Aleksander_Warma, lk 11
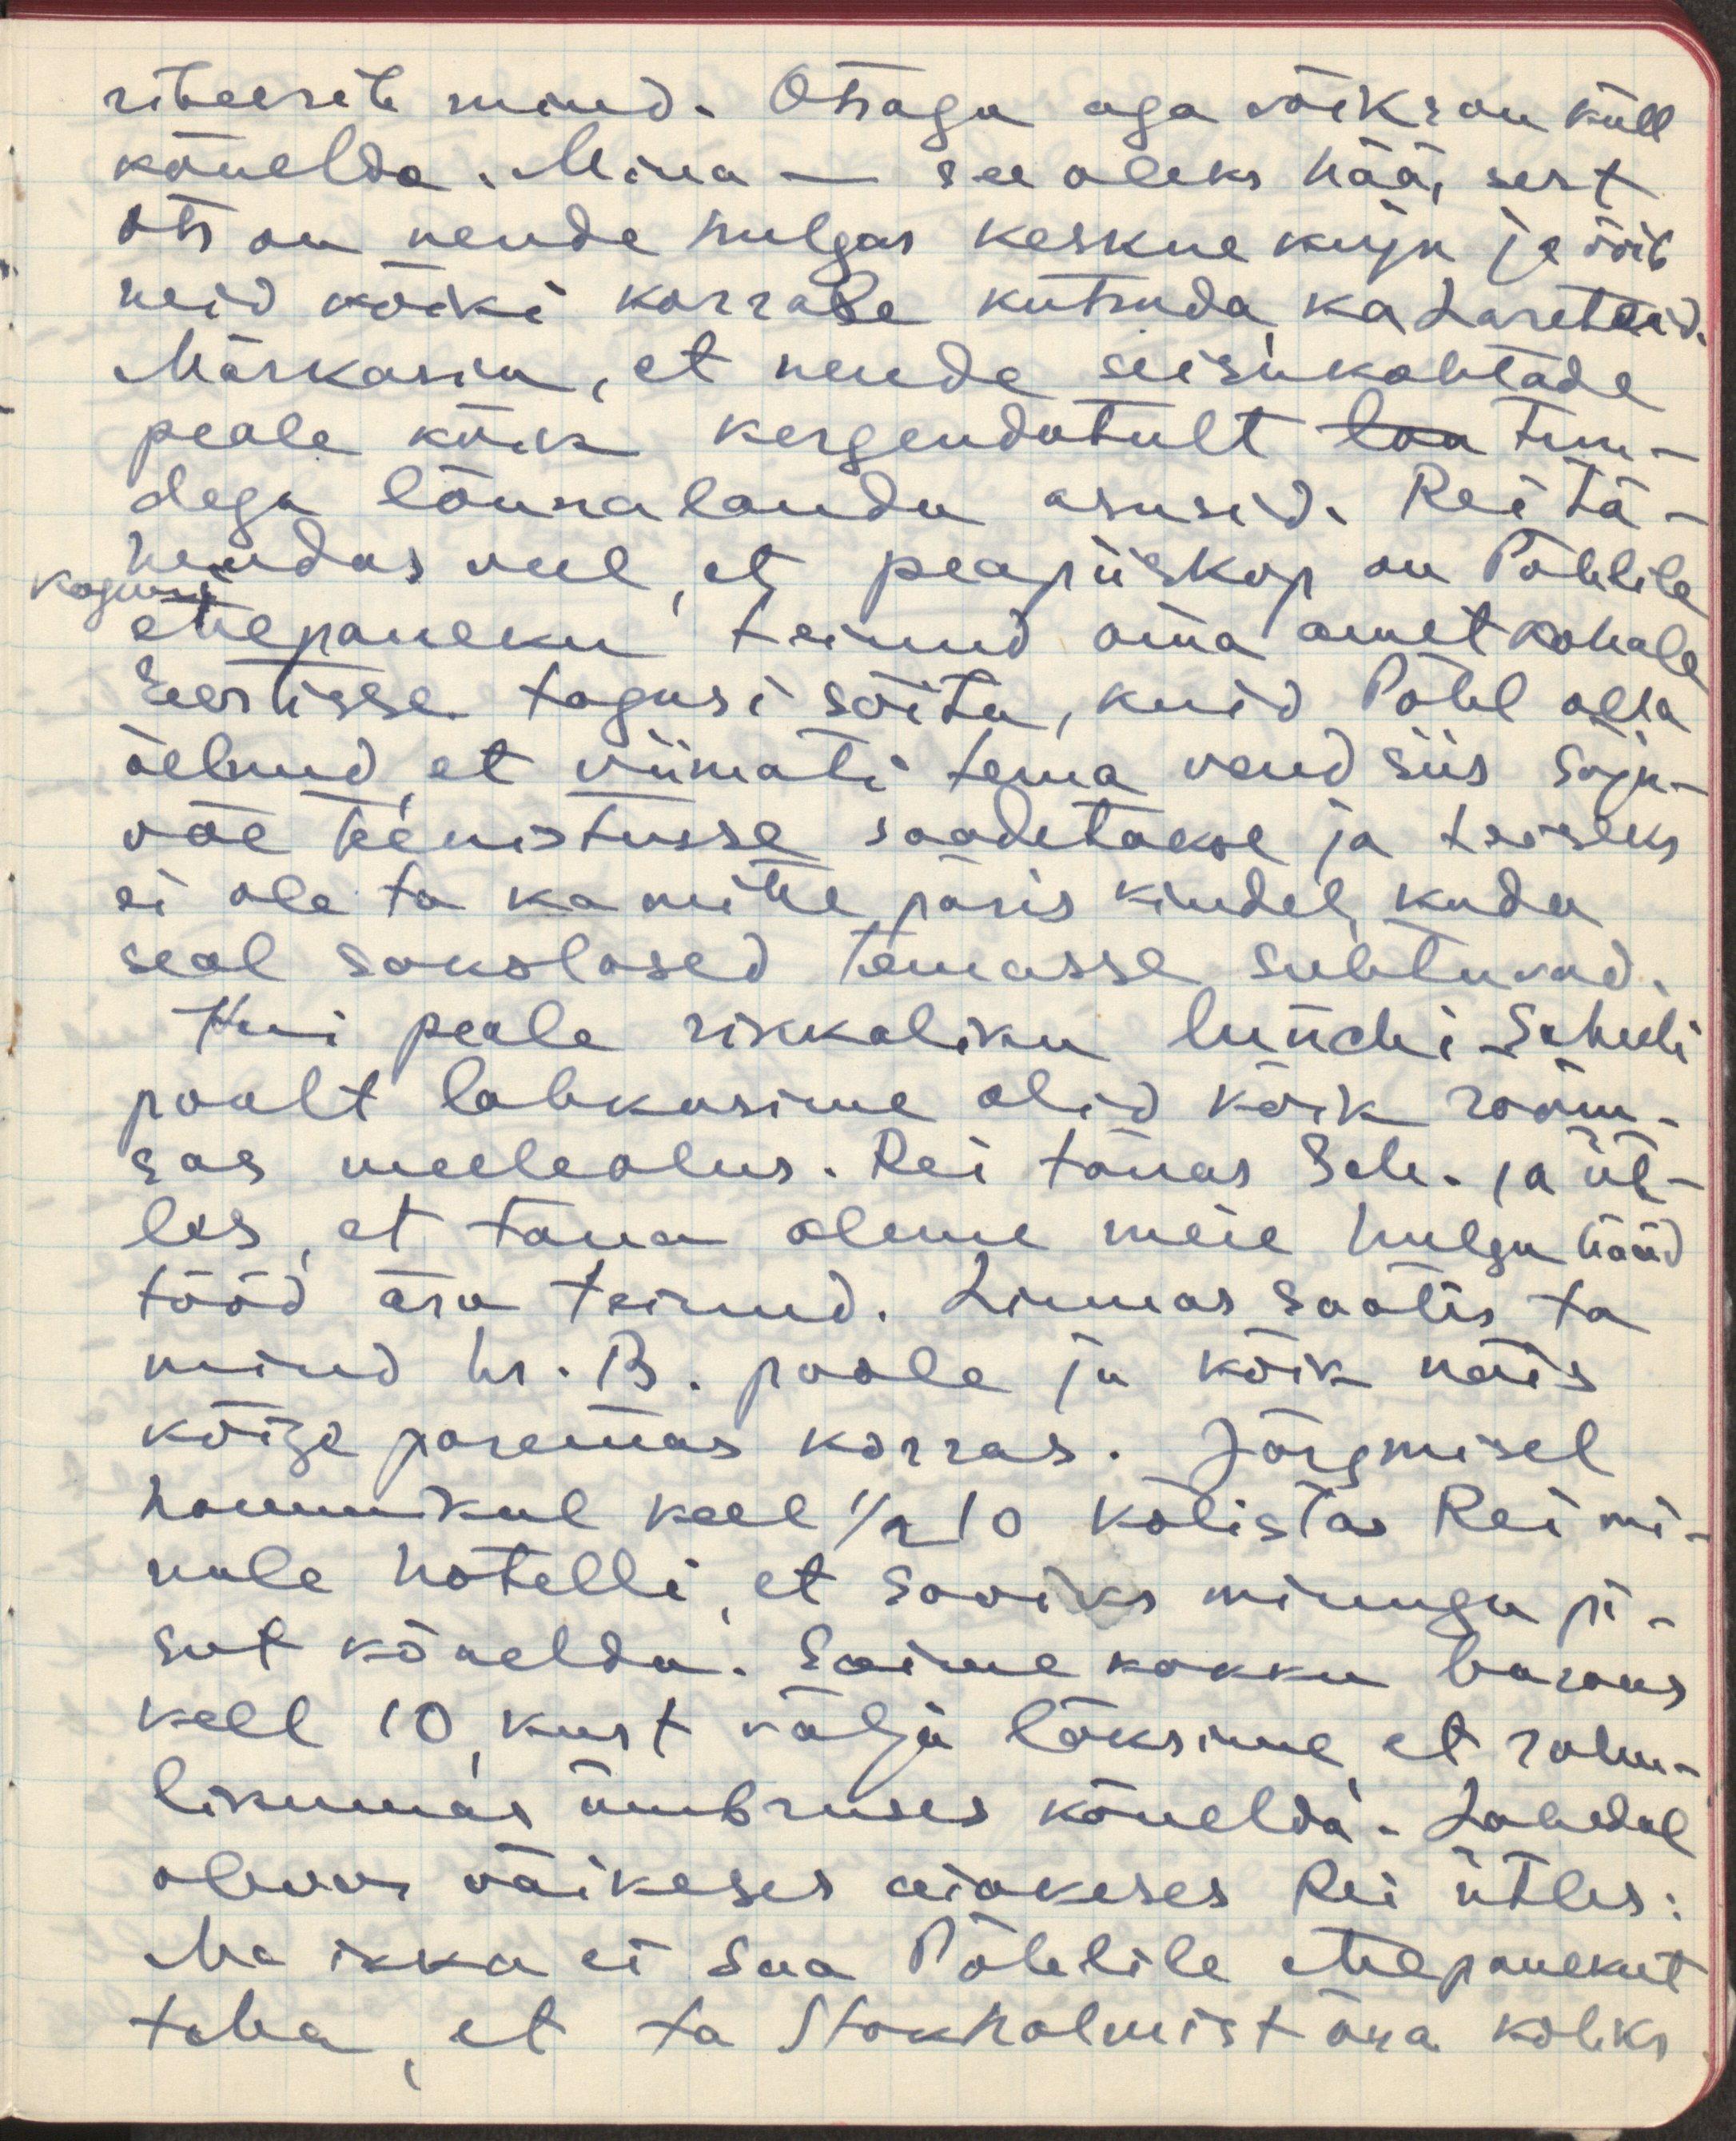
riteerib mind. Otsaga aga võiks ma küll
kõnelda. Mina - see oleks hää, sest
Ots on nende hulgas keskne kuju ja võib
neid kõiki korrale kutsuda, ka Lareteid.
Märkasin, et nende seisukohtade
peale kõik kergendatult loa tun-
dega lõunalauda asusid. Rei tä-
hendas veel, et peapiiskop on Pöhlile
koguni
ettepaneku teinud oma ametkohale
Eestisse tagasi sõita, kuid Pöhl olla
öelnud, et viimati tema vend siis sõja-
väe teenistusse saadetakse ja teiseks
ei ole ta ka mitte päris kindel, kuda
seal sakslased temasse suhtuvad.
Kui peale rikkaliku lunchi Scheeli
poolt lahkusime olid kõik rõõm-
sas meeleolus. Rei tänas Sch. ja üt-
les, et täna oleme meie hulga hääd
tööd ära teinud. Linnas saatis ta
mind hr. B. poole ja kõik näis
kõige paremas korras. Järgmisel
hommikul kell 1/2 10 kõlistas Rei mi-
nule hotelli, et sooviks minuga pi-
sut kõnelda. Saime kokku bazaris
kell 10, kust välja läksime, et rahu-
likumas ümbruses kõnelda. Lahedal
oleva väikeses aiakeses Rei ütles:
Ma ikka ei saa Pöhlile ettepanekut
teha, et ta Stokholmist ära koliks